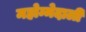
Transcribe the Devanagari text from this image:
महोम्मेदाली